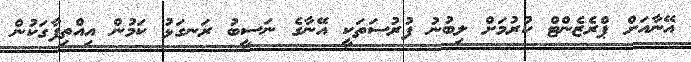
އޭނާއަށް ޕްރެޒެންޓް ކުރުމަށް ލިބުނު ފުރުސަތަކީ އޭނާގެ ނަސީބު ރަނގަޅު ކަމުން އިއްތިފާގަކުން